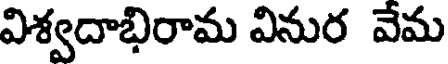
విశ్వదాభిరామ వినుర వేమ